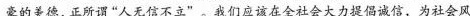
豪的美德，正所谓”人无信不立”。我们应该在全会大力提倡诚信，为社会风